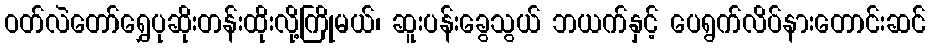
ဝတ်လဲတော်ရွှေပုဆိုးတန်းထိုးလို့ကြိုမယ်၊ ဆူးပန်းခွေသွယ် ဘယက်နှင့် ပေရွက်လိပ်နားတောင်းဆင်